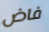
فاض